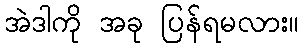
အဲဒါကို အခု ပြန်ရမလား။